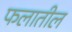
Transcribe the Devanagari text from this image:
फलातील